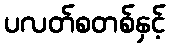
ပလတ်စတစ်နှင့်